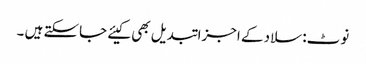
نوٹ: سلاد کے اجزا تبدیل بھی کیئے جاسکتے ہیں ۔